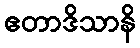
ဧတာဒိသာနိ